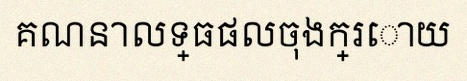
គណនាលទ្ធផលចុងក្រោយ